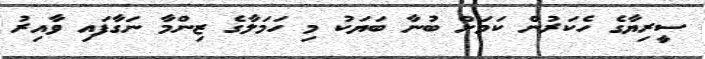
ސީރިޔާގެ ހެކަރުން ކަމަށް ބުނާ ބަޔަކު މި ހަމަލާގެ ޒިންމާ ނަގާފައި ވާއިރު